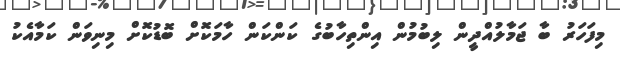
މިފަހަރު ބާ ޖަމާލުއްދީން ލިބުމުން އިންތިހާބުގެ ކަންކަން ހާމަކޮށް ބޮޑުކޮށް މިނިވަން ކަމާއެކު